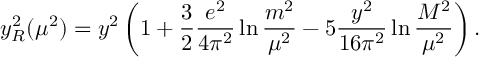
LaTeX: y _ { R } ^ { 2 } ( \mu ^ { 2 } ) = y ^ { 2 } \left( 1 + \frac { 3 } { 2 } \frac { e ^ { 2 } } { 4 \pi ^ { 2 } } \ln \frac { m ^ { 2 } } { \mu ^ { 2 } } - 5 \frac { y ^ { 2 } } { 1 6 \pi ^ { 2 } } \ln \frac { M ^ { 2 } } { \mu ^ { 2 } } \right) .